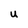
Character: U